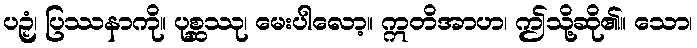
ပဉှံ၊ ပြဿနာကို။ ပုစ္ဆဿု၊ မေးပါလော့။ ဣတိအာဟ၊ ဤသို့ဆို၏။ သော၊